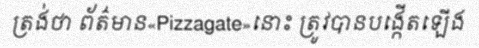
ត្រង់ថា ព័ត៌មាន«Pizzagate»នោះ ត្រូវបានបង្កើតឡើង